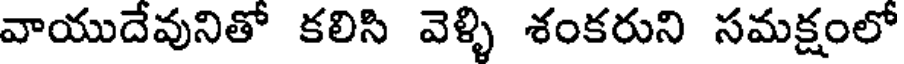
వాయుదేవునితో కలిసి వెళ్ళి శంకరుని సమక్షంలో